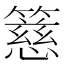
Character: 𥴺